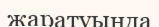
жаратуында